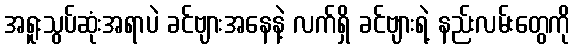
အရူးသွပ်ဆုံးအရာပဲ ခင်ဗျားအနေနဲ့ လက်ရှိ ခင်ဗျားရဲ့ နည်းလမ်းတွေကို